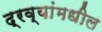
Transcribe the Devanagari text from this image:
द्रव्यांमधील